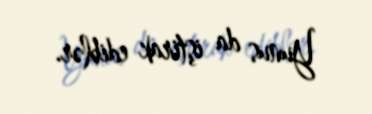
Yunus da iştirak ediblər.